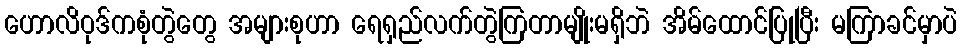
ဟောလိဝုဒ်ကစုံတွဲတွေ အများစုဟာ ရေရှည်လက်တွဲကြတာမျိုးမရှိဘဲ အိမ်ထောင်ပြုပြီး မကြာခင်မှာပဲ